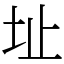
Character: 址